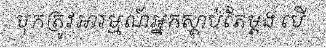
បុកត្រូវអារម្មណ៍អ្នកស្តាប់តែម្តង បើ